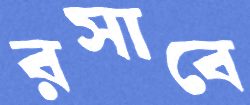
রসাবে